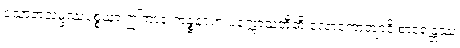
သောတသမ္ဖဿပစ္စယာ ဤကာရံ ကဉ္စနဂုဟံ ပက္ကောသတီတိ လောကောတျာဒိ စာရေန္တဿ